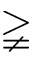
\gneqq